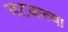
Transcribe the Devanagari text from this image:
भटकत्या